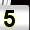
Digit: 5